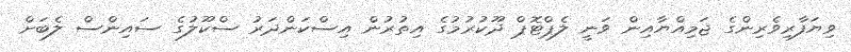
ވިޔަފާރިވެރިންގެ ޖަމިއްޔާއިން ވަނީ ލެޕްޓޮޕް ދޫކުރުމުގެ އިތުރުން އިސްކަންދަރު ސްކޫލުގެ ސައިންސް ލެބަށް